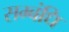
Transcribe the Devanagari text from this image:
सम्बंधि